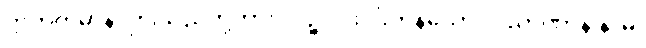
ဣတိဣမာနိ၊ ဤသည်တို့ကား။ ပဉ္စ၊ ငါးပါးကုန်သော။ ဝိညာဏာနိ နာမ၊